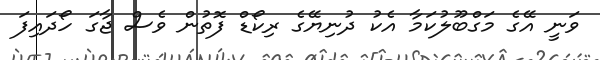
ވަނީ އޭގެ މަގްބޫލުކަމާ އެކު ދުނިޔޭގެ ރިކޯޑް ފޮތުން ވެސް ޖާގަ ހޯދައިފަ